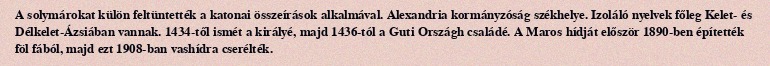
A solymárokat külön feltüntették a katonai összeírások alkalmával. Alexandria kormányzóság székhelye. Izoláló nyelvek főleg Kelet- és Délkelet-Ázsiában vannak. 1434-től ismét a királyé, majd 1436-tól a Guti Országh családé. A Maros hídját először 1890-ben építették föl fából, majd ezt 1908-ban vashídra cserélték.